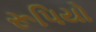
રૂપિયો